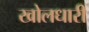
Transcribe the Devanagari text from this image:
खोलधारी